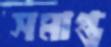
সমাপ্ত